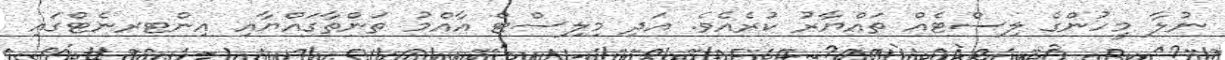
ނުލާ މީހުންގެ ލިސްޓެއް ތައްޔާރު ކުރެއެވެ. އަދި މިލިސްޓް އާއްމު ތަންތާގައްޔާއި އިންޓރނެޓްގައި